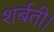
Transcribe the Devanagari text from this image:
शर्बती।